Punjab Mental Hospital Lahore 1922-31 - 1922-1931
Year: 1922
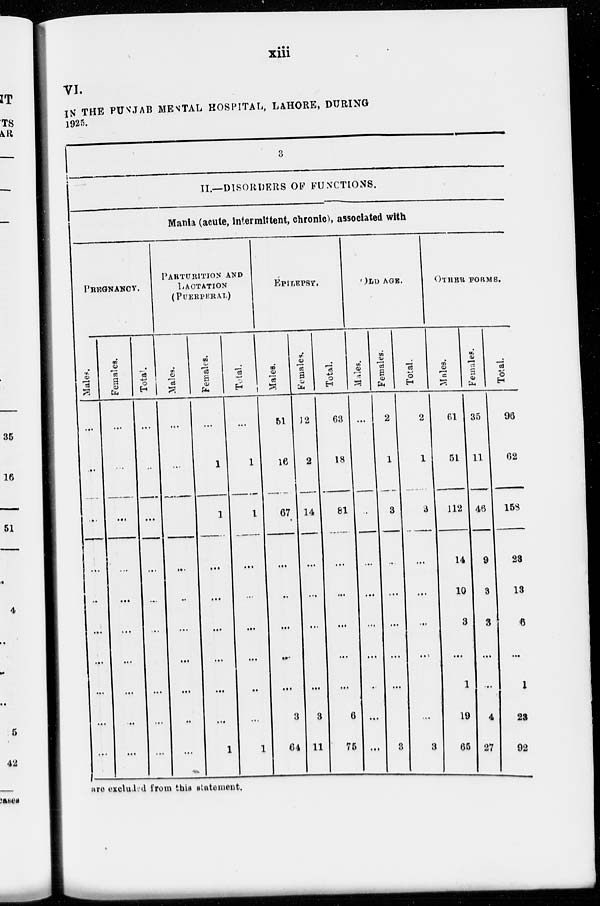
xiii
VI.
IN THE PUNJAB MENTAL HOSPITAL, LAHORE, DURING
1925.
3
II.—DISORDERS OF FUNCTIONS.
Mania (acute, intermittent, chronic), associated with
PREGNANCY.
Males.
...
...
...
...
...
...
...
...
...
...
Females.
...
...
...
...
...
...
...
...
...
...
Total.
...
...
...
...
...
...
...
...
...
...
PARTURITION AND
LACTATION
(PUERPERAL)
Males.
...
...
...
...
...
...
...
...
...
...
Females.
...
1
1
...
...
...
...
...
...
1
Total.
...
1
1
...
...
...
...
..
...
1
EPILEPSY.
Males.
51
16
67
...
...
...
...
...
3
64
Females.
12
2
14
...
...
...
...
...
3
11
Total.
63
18
81
...
...
...
...
...
6
75
OLD AGE.
Males.
...
...
...
...
...
...
...
...
...
...
Females.
2
1
3
...
...
...
...
...
...
3
Total.
2
1
3
...
...
...
...
...
...
3
OTHER
FORMS.
Males.
61
51
112
14
10
3
...
1
19
65
Females.
35
11
46
9
3
3
...
...
4
27
Total.
96
62
153
23
13
6
...
1
23
92
are excluded from the statement.